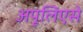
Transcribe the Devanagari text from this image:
अपूलिएसे